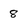
Character: 8